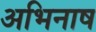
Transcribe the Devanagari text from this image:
अभिनाष